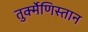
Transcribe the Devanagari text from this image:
तुर्क्मेणिस्तान